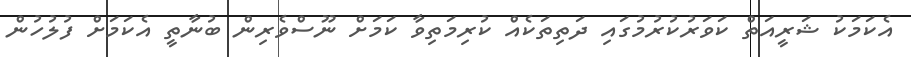
އެކަމަކު ޝަރީއަތް ކަވަރުކުރުމުގައި ދަތިތަކެއް ކުރިމަތިވާ ކަމަށް ނޫސްވެރިން ބުނާތީ އެކަމަށް ފުލުހުން